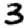
Digit: 3